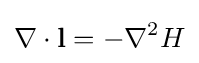
\nabla \cdot \mathbf {l} =-\nabla ^{2}H